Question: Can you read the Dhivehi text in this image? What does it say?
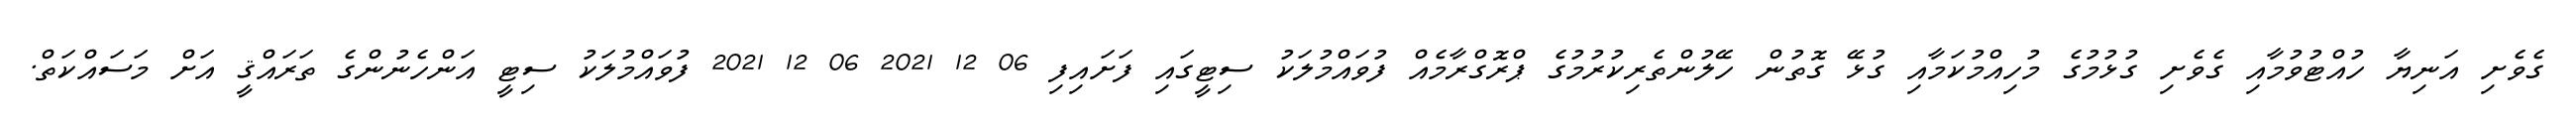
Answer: ގެވެށި އަނިޔާ ހުއްޓުވުމާއި ގެވެށި ގުޅުމުގެ މުހިއްމުކަމާއި ގުޅޭ ގޮތުން ހޭލުންތެރިކުރުމުގެ ޕްރޮގްރާމެއް ފުވައްމުލަކު ސިޓީގައި ފަށައިފި 06 12 2021 06 12 2021 ފުވައްމުލަކު ސިޓީ އަންހެނުންގެ ތަރައްޤީ އަށް މަސައްކަތް.